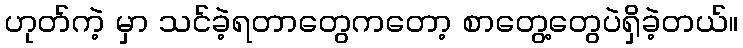
ဟုတ်ကဲ့ မှာ သင်ခဲ့ရတာတွေကတော့ စာတွေ့တွေပဲရှိခဲ့တယ်။